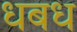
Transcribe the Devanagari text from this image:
धबध